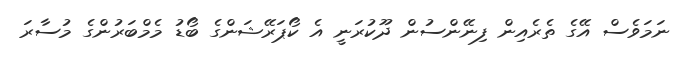
ނަމަވެސް އޭގެ ތެރެއިން ފިނޭންސުން ދޫކުރަނީ އެ ކޯޕަރޭޝަންގެ ބޯޑު މެމްބަރުންގެ މުސާރަ